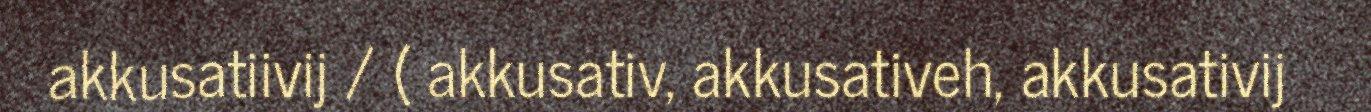
akkusatiivij / ( akkusativ, akkusativeh, akkusativij